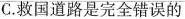
C.救国道路是完全错误的